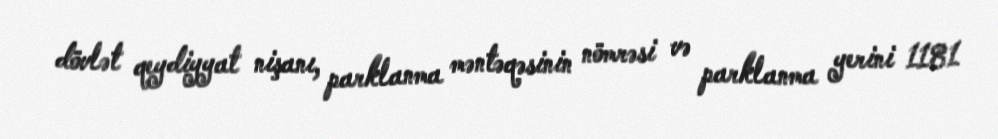
dövlət qeydiyyat nişanı, parklanma məntəqəsinin nömrəsi və parklanma yerini 1181